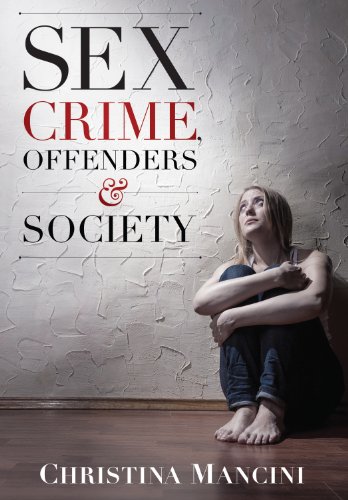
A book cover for Sex Crime, Offenders, and Society: A Critical Look at Sexual Offending and Policy; Christina Mancini; Politics & Social Sciences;